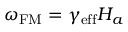
\omega _ { \mathrm { F M } } = \gamma _ { \mathrm { e f f } } H _ { a }